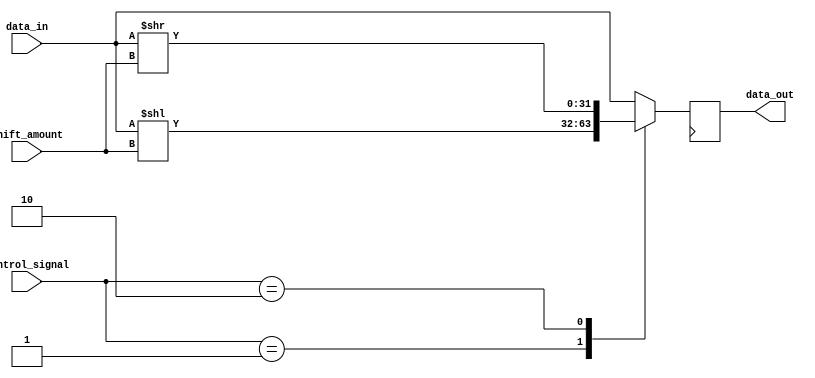
module sparse_barrel_shifter (
    input signed [31:0] data_in,
    input [3:0] shift_amount,
    input [3:0] control_signal,
    output reg signed [31:0] data_out
);

reg [31:0] shifted_data;
reg [31:0] temp_data;

always @(*) begin
    case(control_signal)
        4'b0000: shifted_data = data_in; // No shift
        4'b0001: shifted_data = data_in << shift_amount; // Left shift
        4'b0010: shifted_data = data_in >> shift_amount; // Right shift
        // Add more cases for additional arithmetic blocks as needed
        default: shifted_data = data_in; // Default is no shift
    endcase
end

always @(posedge clk) begin
    data_out <= shifted_data;
end

endmodule